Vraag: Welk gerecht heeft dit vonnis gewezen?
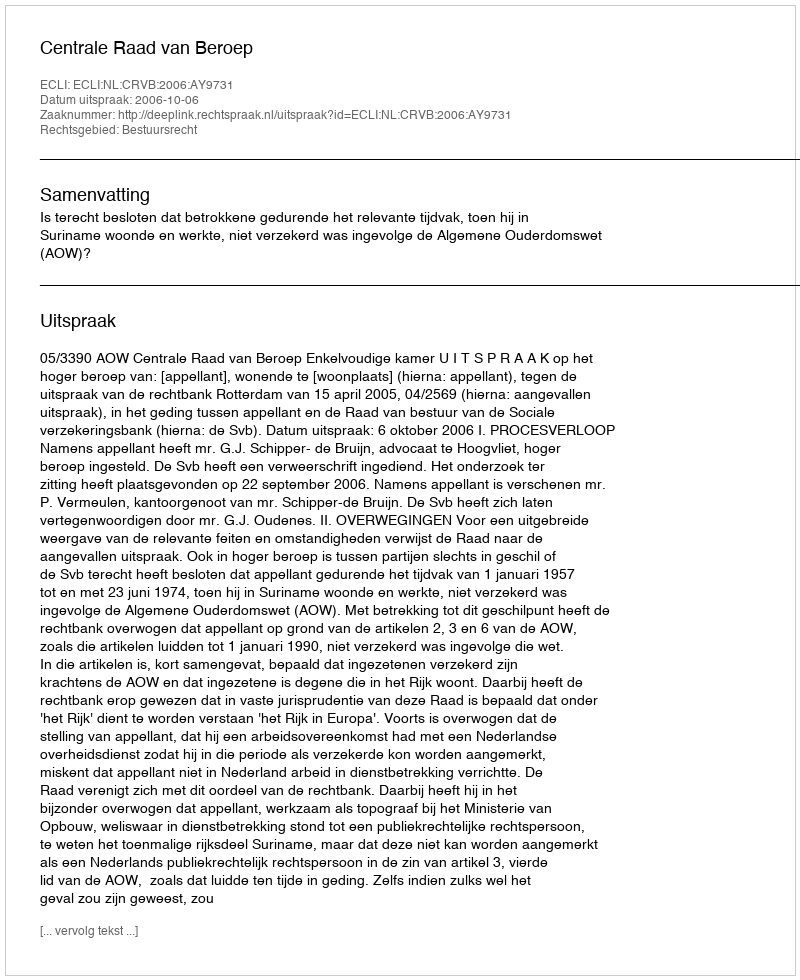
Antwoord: Centrale Raad van Beroep